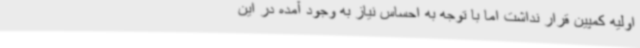
اولیه کمپین قرار نداشت اما با توجه به احساس نیاز به وجود آمده در این